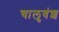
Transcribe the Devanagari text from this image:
चालुवंश